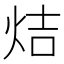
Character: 𤈄